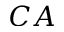
C A